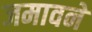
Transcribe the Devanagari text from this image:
जमावने